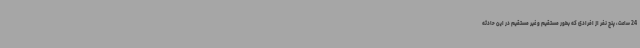
24 ساعت، پنج نفر از افرادی که بطور مستقیم و غیر مستقیم در این حادثه